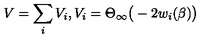
V = \sum _ { i } V _ { i } , V _ { i } = \Theta _ { \infty } \big ( - 2 w _ { i } ( \beta ) \big )